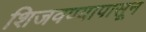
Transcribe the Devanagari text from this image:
शिजवण्यापासून